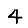
Digit: 4